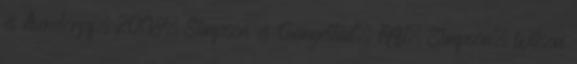
és Asendorpf, 2008; Simpson és Gangestad, 1991; Simpson, Wilson